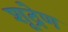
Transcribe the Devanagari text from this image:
शूद्रेण